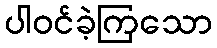
ပါဝင်ခဲ့ကြသော